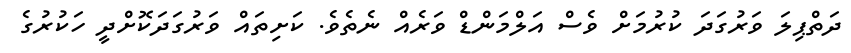
ދަތްޕިލަ ވަރުގަދަ ކުރުމަށް ވެސް އަލްމަންޑް ވަރެއް ނެތެވެ. ކަށިތައް ވަރުގަދަކޮށްދީ ހަކުރުގެ